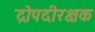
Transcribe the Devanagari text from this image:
द्रोपदीरक्षक